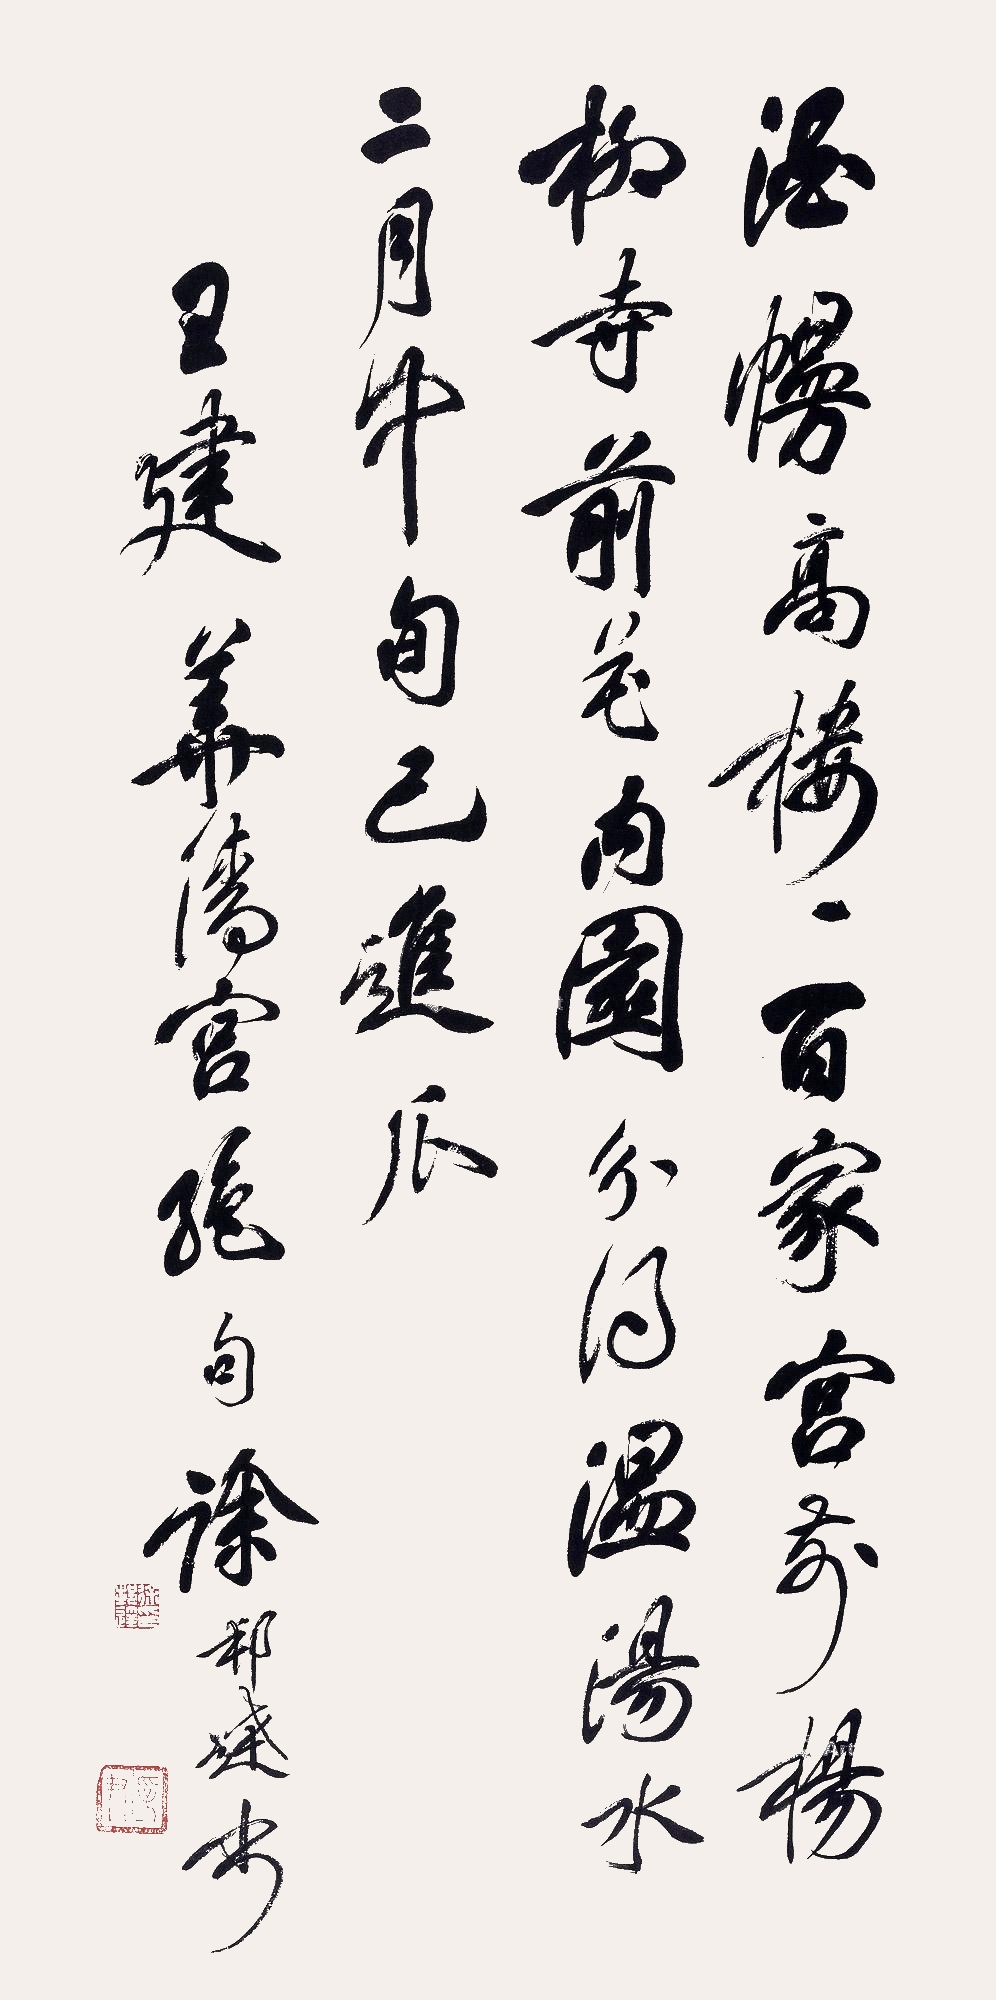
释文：酒幔高楼一百家，宫前杨柳寺前花。内园分得温汤水，二月中旬已进瓜。王建华清宫绝句，徐邦达书。